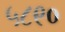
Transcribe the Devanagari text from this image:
५८९०